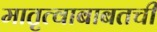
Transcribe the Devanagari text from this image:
मातृत्वाबाबतची